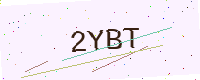
Text: 2YBT